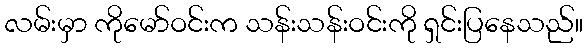
လမ်းမှာ ကိုမော်ဝင်းက သန်းသန်းဝင်းကို ရှင်းပြနေသည်။